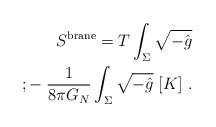
LaTeX: \begin{align*}S^{\rm brane} = T\int_{\Sigma}\sqrt{-\hat g}\\; -\; {1\over 8\pi G_N}\int_{\Sigma} \sqrt{-\hat g}\; [K] \ .\end{align*}